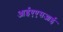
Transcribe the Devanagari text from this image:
आईएएसआई